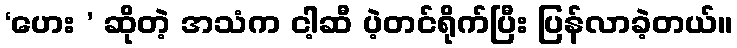
‘ဟေး ’ ဆိုတဲ့ အသံက ငါ့ဆီ ပဲ့တင်ရိုက်ပြီး ပြန်လာခဲ့တယ်။